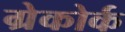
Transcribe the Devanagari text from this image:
ग्रेकोर्क